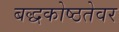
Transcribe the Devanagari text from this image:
बद्धकोष्ठतेवर